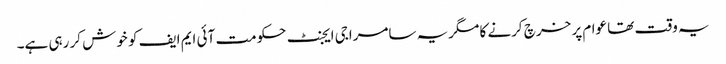
یہ وقت تھا عوام پر خرچ کرنے کا مگریہ سامراجی ایجنٹ حکومت آئی ایم ایف کو خوش کر رہی ہے۔